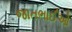
જાતભાઈઓ